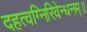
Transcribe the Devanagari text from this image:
दहत्वग्निरिवेन्धनम्॥